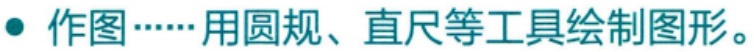
• 作图……用圆规、直尺等工具绘制图形。